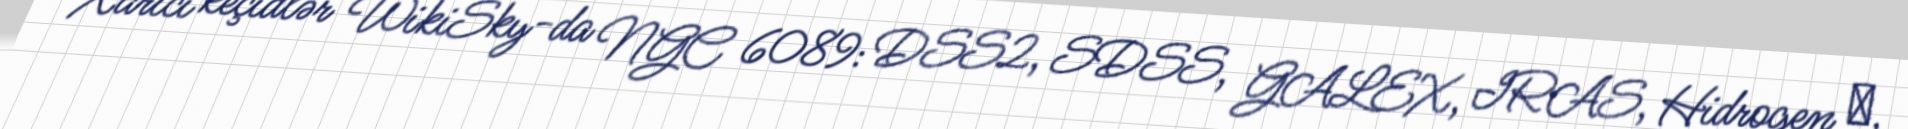
Xarici keçidlər WikiSky-da NGC 6089: DSS2, SDSS, GALEX, IRAS, Hidrogen α,